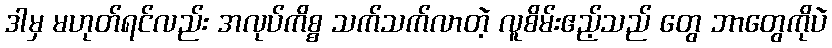
ဒါမှ မဟုတ်ရင်လည်း အလုပ်ကိစ္စ သက်သက်လာတဲ့ လူစိမ်းဧည့်သည် တွေ ဘာတွေကိုပဲ